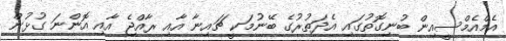
އެމްއެމްސީއިން ބުނިގޮތުގައި އެދަތުރުގެ ބޭނުމަކީ ޗައިނާ އާއި ރާއްޖެ އާއި އޮންނަ ގުޅުން